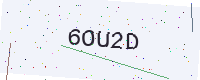
Text: 6OU2D